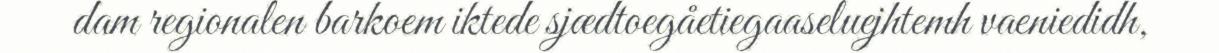
dam regionalen barkoem iktede sjædtoegåetiegaaseluejhtemh vaeniedidh,